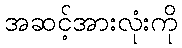
အဆင့်အားလုံးကို